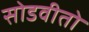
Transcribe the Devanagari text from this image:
सोडवीतो